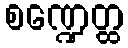
စဏ္ဍေတ္ထ